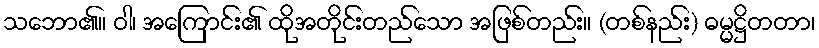
သဘော၏။ ဝါ၊ အကြောင်း၏ ထိုအတိုင်းတည်သော အဖြစ်တည်း။ (တစ်နည်း) ဓမ္မဋ္ဌိတတာ၊